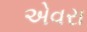
એવરા